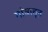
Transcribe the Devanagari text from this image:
गांवातून